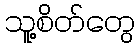
သူ့စိတ်တွေ